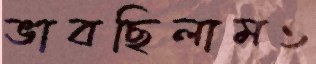
ভাবছিলামও